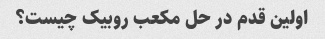
اولین قدم در حل مکعب روبیک چیست؟